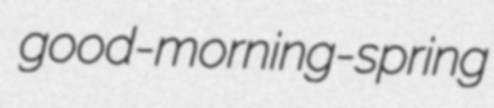
good-morning-spring